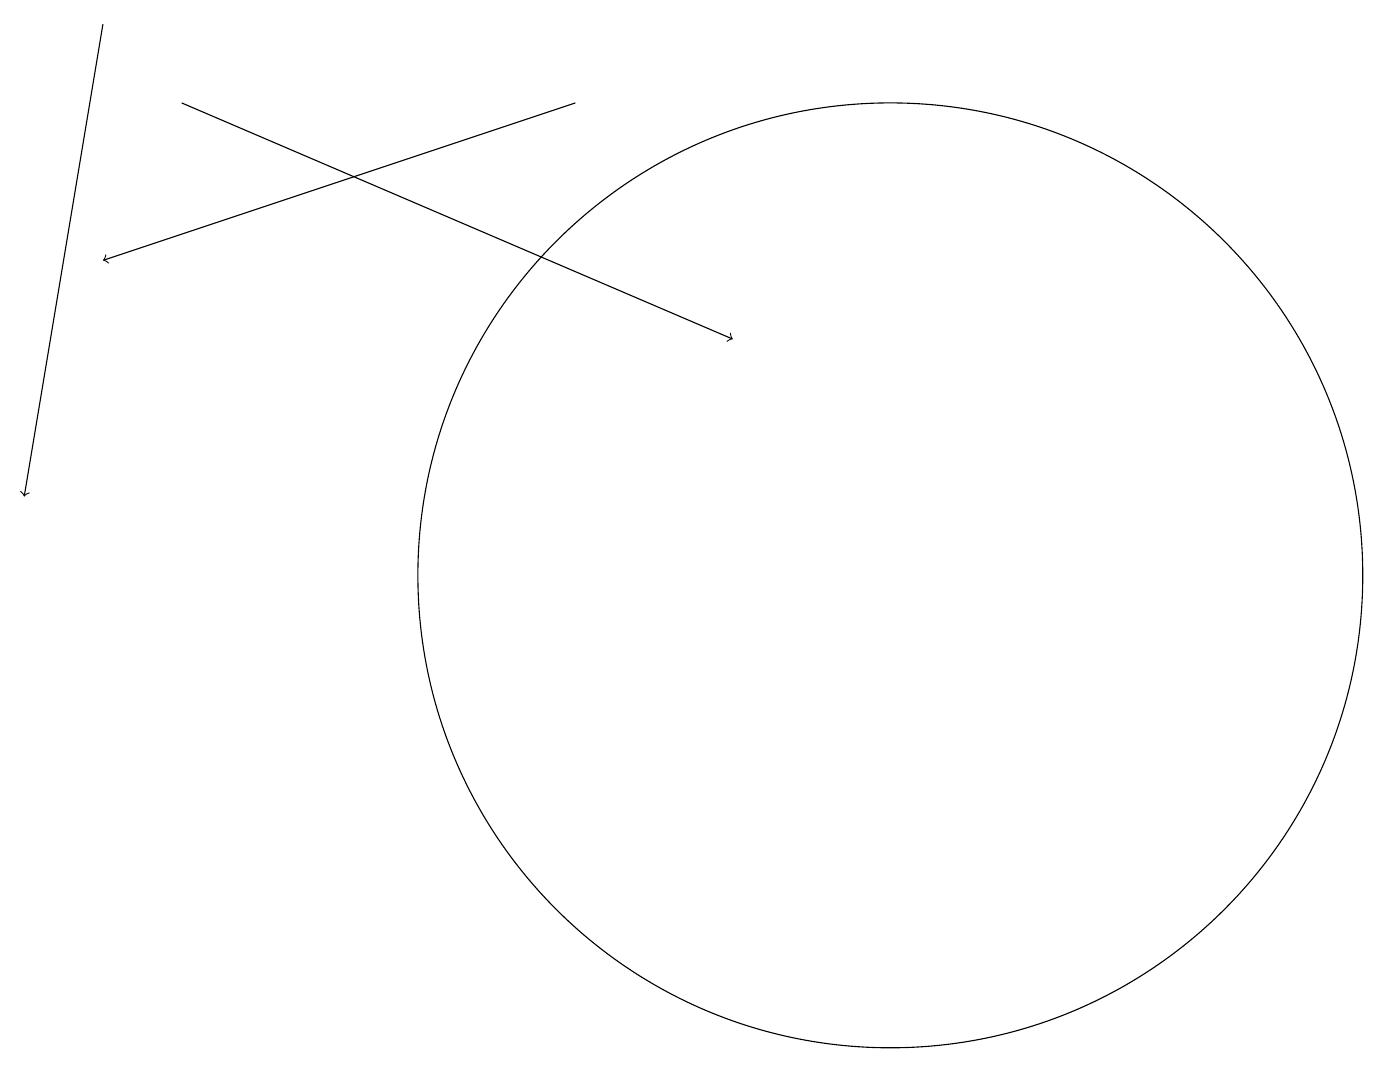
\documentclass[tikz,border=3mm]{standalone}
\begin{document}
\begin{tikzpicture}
\draw[->] (7,16) -- (1,14);
\draw (11,10) circle (6);
\draw[->] (1,17) -- (0,11);
\draw[->] (2,16) -- (9,13);
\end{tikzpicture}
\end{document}